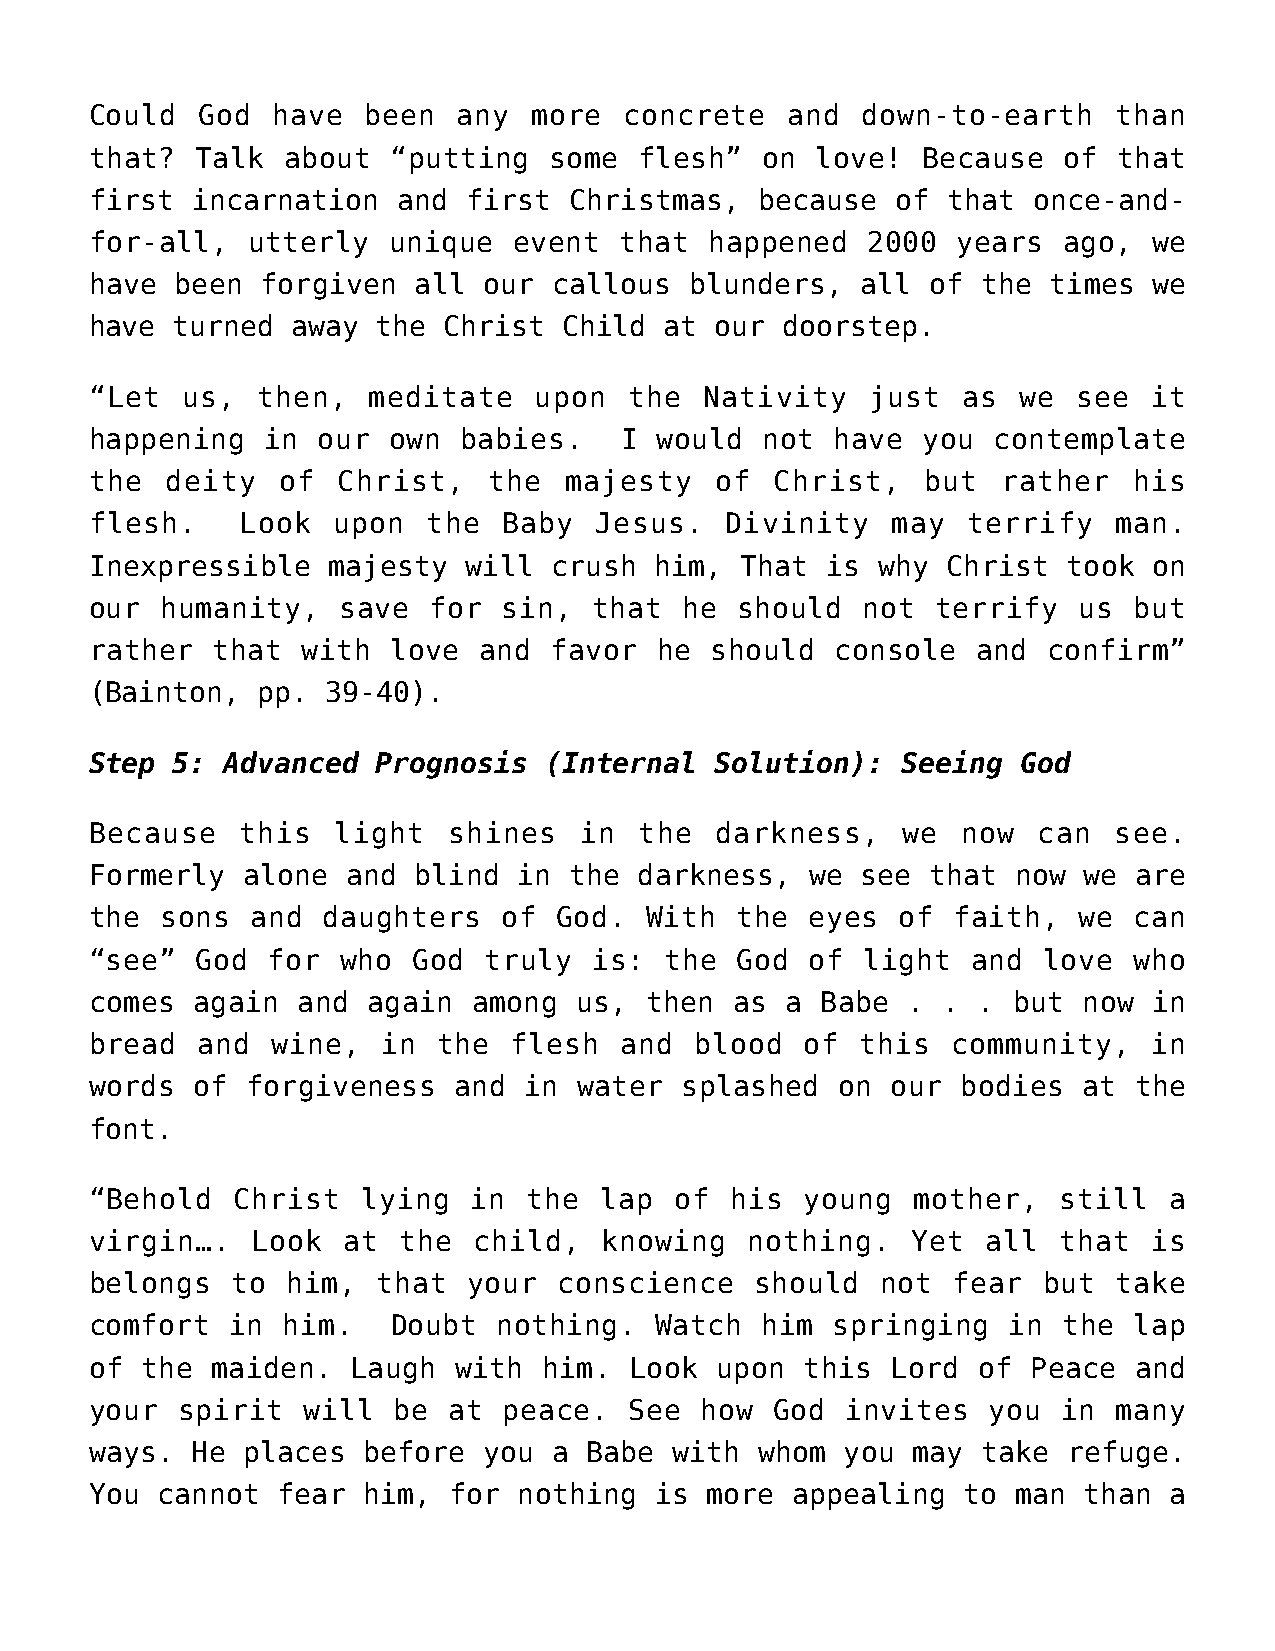
Could  God  have  been  any  more  concrete   and  down-to-earth    than
 that?  Talk  about  “putting  some  flesh”  on  love!  Because  of  that
 first  incarnation  and  first  Christmas,  because  of  that once-and-
 for-all,  utterly   unique  event  that  happened  2000  years  ago,  we
 have  been forgiven  all  our  callous  blunders,  all  of the times  we
 have turned  away  the Christ  Child  at our  doorstep.
 “Let  us,  then,  meditate   upon   the  Nativity   just  as we  see  it
 happening   in our  own  babies.   I  would  not have  you  contemplate
 the  deity  of  Christ,   the  majesty   of  Christ,   but  rather   his
 flesh.    Look  upon  the  Baby  Jesus.   Divinity   may  terrify   man.
 Inexpressible   majesty  will crush  him,  That  is why  Christ  took on
 our  humanity,   save for  sin,  that  he  should  not  terrify  us  but
 rather  that  with  love  and favor  he  should  console   and confirm”
 (Bainton,  pp.  39-40).
 Step 5:  Advanced  Prognosis  (Internal  Solution):   Seeing  God
 Because   this  light   shines  in  the  darkness,    we  now  can  see.
 Formerly  alone  and blind  in  the darkness,   we see  that now  we are
 the  sons  and daughters   of  God.  With  the  eyes  of faith,  we  can
 “see”  God  for  who God  truly  is:  the  God  of light  and  love  who
 comes  again  and again  among  us,  then  as a Babe  . .  . but  now in
 bread  and  wine,  in  the  flesh  and  blood  of  this  community,   in
 words  of forgiveness   and  in water  splashed  on  our  bodies  at the
 font.
 “Behold   Christ  lying  in  the  lap  of his  young   mother,  still  a
 virgin….   Look  at the  child,   knowing   nothing.  Yet  all  that  is
 belongs  to  him,  that  your  conscience   should  not  fear  but  take
 comfort  in  him.   Doubt  nothing.  Watch  him  springing   in the  lap
 of the  maiden.  Laugh  with  him.  Look upon  this  Lord  of Peace  and
 your  spirit  will  be  at peace.   See how  God  invites  you  in  many
 ways.  He places  before  you  a Babe with  whom  you may  take  refuge.
 You cannot  fear  him,  for nothing  is  more appealing   to man  than a